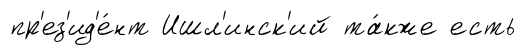
пр'ез'ид'е́нт Ишл'инск'ий та́кже есть